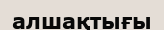
алшақтығы